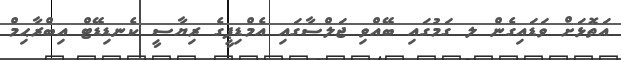
އަތޮޅަށް ވަޑައިގެން ލ ގަމުގައި ބޭއްވި ޖަލްސާގައި އެމްޑިޕީގެ ރިޔާސީ ކެނޑިޑޭޓް އިބްރާޙިމް